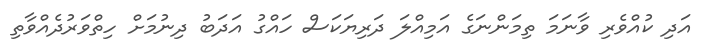
އަދި ކުއްވެރި ވާނަމަ ތިމަންނަގެ އަމިއްލަ ދަރިޔަކަސް ހައްގު އަދަބު ދިނުމަށް ހިތްވަރުދެއްވާތި